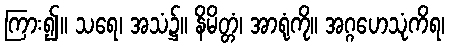
ကြား၍။ သရေ၊ အသံ၌။ နိမိတ္တံ၊ အာရုံကို။ အဂ္ဂဟေသုံကိရ၊